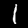
Label: 1